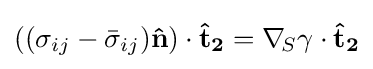
((\sigma _{ij}-{\bar {\sigma }}_{ij})\mathbf {\hat {n}} )\cdot \mathbf {{\hat {t}}_{2}} =\nabla _{\!S}\gamma \cdot \mathbf {{\hat {t}}_{2}}